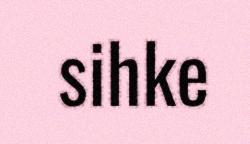
sihke